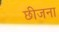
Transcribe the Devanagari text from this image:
छीजना